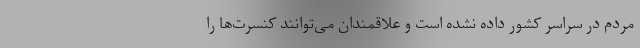
مردم در سراسر کشور داده نشده است و علاقمندان می‌توانند کنسرت‌ها را